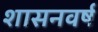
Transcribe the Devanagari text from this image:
शासनवर्ष